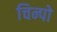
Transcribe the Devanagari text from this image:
चिन्पो